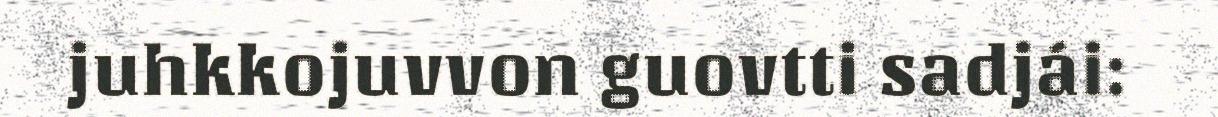
juhkkojuvvon guovtti sadjái: